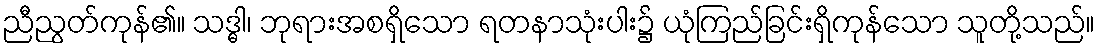
ညီညွတ်ကုန်၏။ သဒ္ဓါ၊ ဘုရားအစရှိသော ရတနာသုံးပါး၌ ယုံကြည်ခြင်းရှိကုန်သော သူတို့သည်။